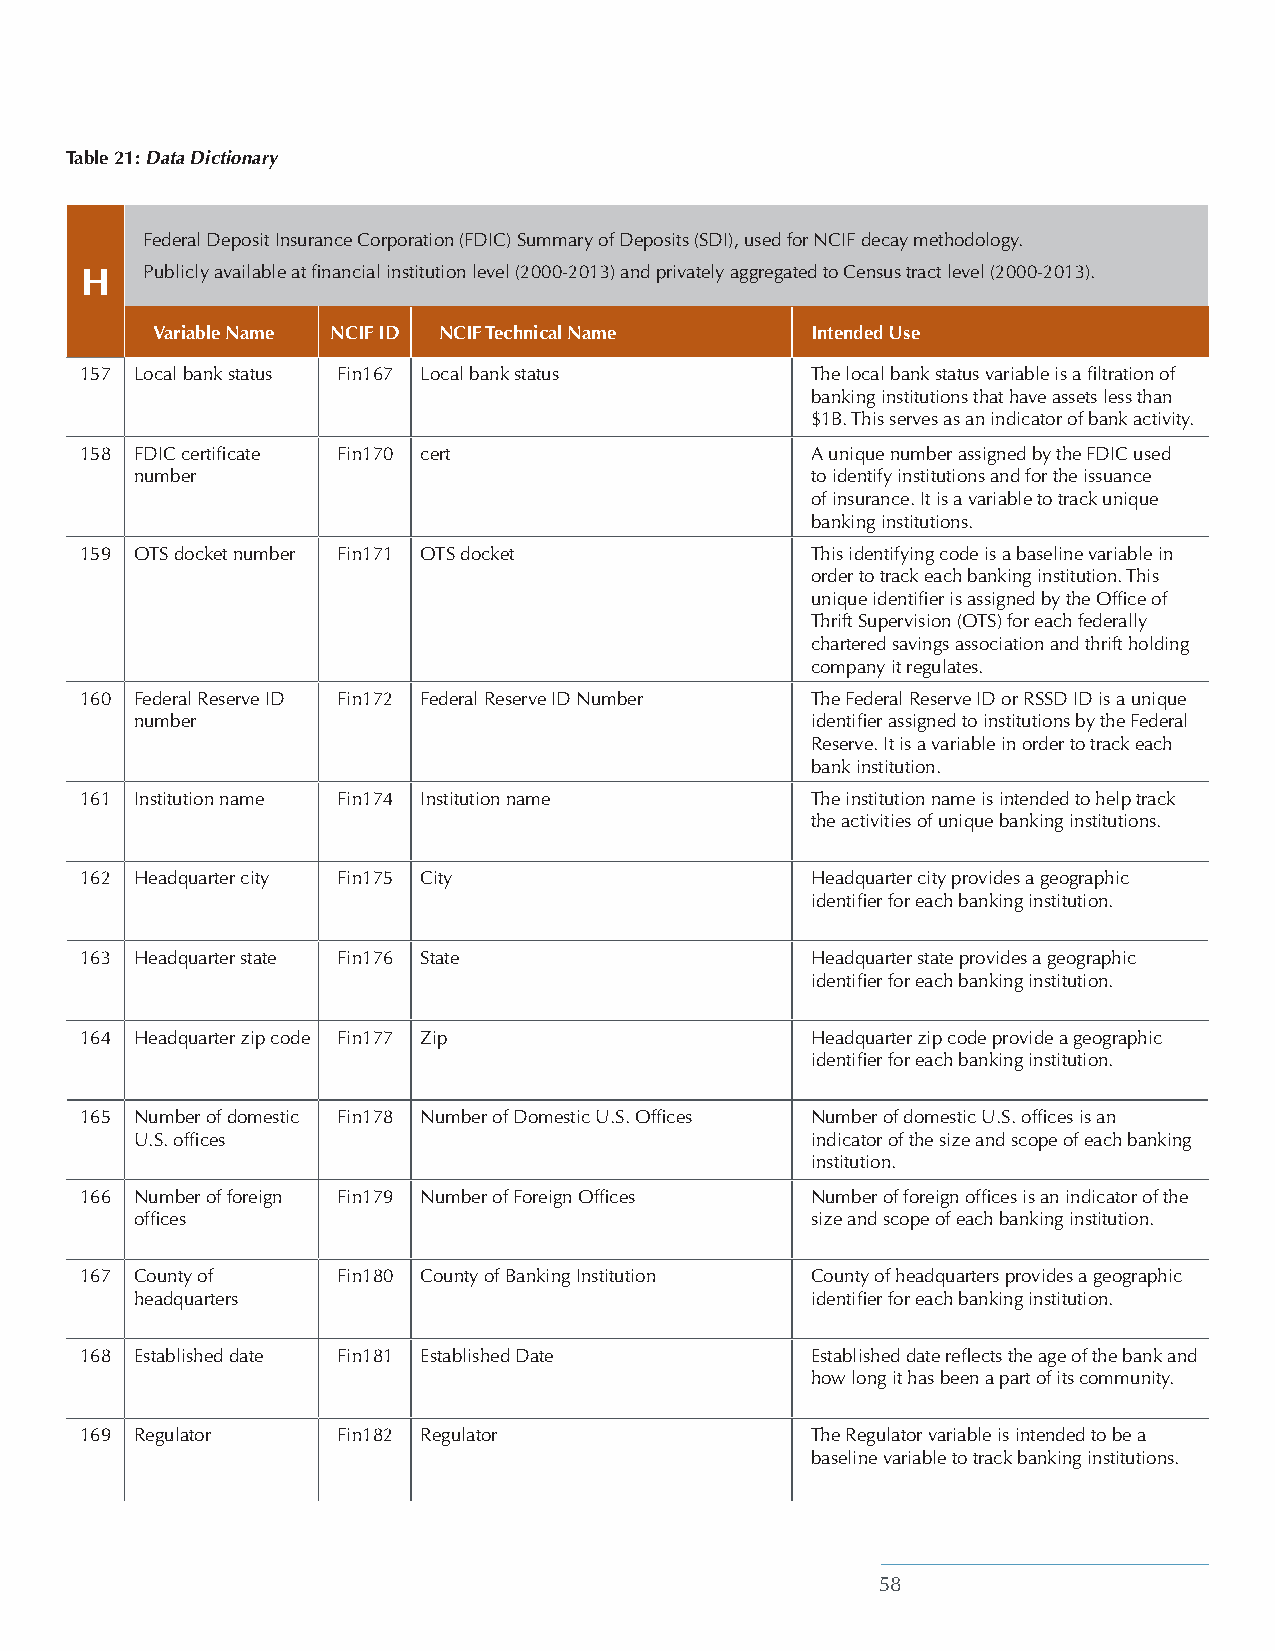
Table 21: Data Dictionary
 Federal Deposit Insurance Corporation (FDIC) Summary of Deposits (SDI), used for NCIF decay methodology.
 H   Publicly available at financial institution level (2000-2013) and privately aggregated to Census tract level (2000-2013).
 Variable Name NCIF ID NCIF Technical Name   Intended Use
 157 Local bank status Fin167 Local bank status   The local bank status variable is a filtration of
 banking institutions that have assets less than
 $1B. This serves as an indicator of bank activity.
 158 FDIC certificate Fin170 cert                 A unique number assigned by the FDIC used
 number                                       to identify institutions and for the issuance
 of insurance. It is a variable to track unique
 banking institutions.
 159 OTS docket number Fin171 OTS docket          This identifying code is a baseline variable in
 order to track each banking institution. This
 unique identifier is assigned by the Office of
 Thrift Supervision (OTS) for each federally
 chartered savings association and thrift holding
 company it regulates.
 160 Federal Reserve ID Fin172 Federal Reserve ID Number The Federal Reserve ID or RSSD ID is a unique
 number                                       identifier assigned to institutions by the Federal
 Reserve. It is a variable in order to track each
 bank institution.
 161 Institution name Fin174 Institution name     The institution name is intended to help track
 the activities of unique banking institutions.
 162 Headquarter city Fin175 City                 Headquarter city provides a geographic
 identifier for each banking institution.
 163 Headquarter state Fin176 State               Headquarter state provides a geographic
 identifier for each banking institution.
 164 Headquarter zip code Fin177 Zip              Headquarter zip code provide a geographic
 identifier for each banking institution.
 165 Number of domestic Fin178 Number of Domestic U.S. Offices Number of domestic U.S. offices is an
 U.S. offices                                 indicator of the size and scope of each banking
 institution.
 166 Number of foreign Fin179 Number of Foreign Offices Number of foreign offices is an indicator of the
 offices                                      size and scope of each banking institution.
 167 County of    Fin180 County of Banking Institution County of headquarters provides a geographic
 headquarters                                 identifier for each banking institution.
 168 Established date Fin181 Established Date     Established date reflects the age of the bank and
 how long it has been a part of its community.
 169 Regulator    Fin182 Regulator                The Regulator variable is intended to be a
 baseline variable to track banking institutions.
 58